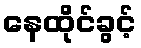
နေထိုင်ခွင့်